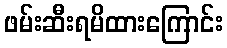
ဖမ်းဆီးရမိထားကြောင်း